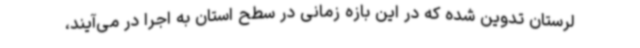
لرستان تدوین شده که در این بازه زمانی در سطح استان به اجرا در می‌آیند،